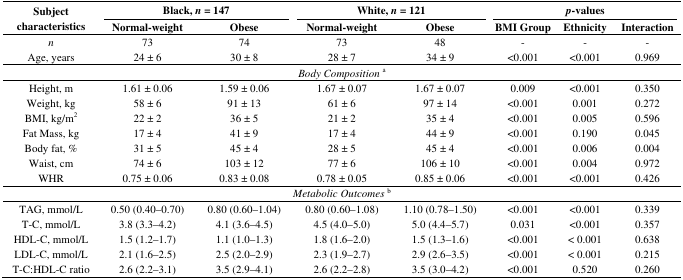
<table><thead><tr><td rowspan="2"><b>Subject characteristics</b></td><td colspan="2"><b>Black,<i>n</i> = 147</b></td><td colspan="2"><b>White,<i>n</i> = 121</b></td><td colspan="3"><b><i>p</i>-values</b></td></tr><tr><td><b>Normal-weight</b></td><td><b>Obese</b></td><td><b>Normal-weight</b></td><td><b>Obese</b></td><td><b>BMI Group</b></td><td><b>Ethnicity</b></td><td><b>Interaction</b></td></tr></thead><tbody><tr><td>n</td><td>73</td><td>74</td><td>73</td><td>48</td><td>-</td><td>-</td><td>-</td></tr><tr><td>Age, years</td><td>24 ± 6</td><td>30 ± 8</td><td>28 ± 7</td><td>34 ± 9</td><td>&lt;0.001</td><td>&lt;0.001</td><td>0.969</td></tr><tr><td colspan="8"><i>Body Composition</i><sup>a</sup></td></tr><tr><td>Height, m</td><td>1.61 ± 0.06</td><td>1.59 ± 0.06</td><td>1.67 ± 0.07</td><td>1.67 ± 0.07</td><td>0.009</td><td>&lt;0.001</td><td>0.350</td></tr><tr><td>Weight, kg</td><td>58 ± 6</td><td>91 ± 13</td><td>61 ± 6</td><td>97 ± 14</td><td>&lt;0.001</td><td>0.001</td><td>0.272</td></tr><tr><td>BMI, kg/m<sup>2</sup></td><td>22 ± 2</td><td>36 ± 5</td><td>21 ± 2</td><td>35 ± 4</td><td>&lt;0.001</td><td>0.005</td><td>0.596</td></tr><tr><td>Fat Mass, kg</td><td>17 ± 4</td><td>41 ± 9</td><td>17 ± 4</td><td>44 ± 9</td><td>&lt;0.001</td><td>0.190</td><td>0.045</td></tr><tr><td>Body fat, %</td><td>31 ± 5</td><td>45 ± 4</td><td>28 ± 5</td><td>45 ± 4</td><td>&lt;0.001</td><td>0.006</td><td>0.004</td></tr><tr><td>Waist, cm</td><td>74 ± 6</td><td>103 ± 12</td><td>77 ± 6</td><td>106 ± 10</td><td>&lt;0.001</td><td>0.004</td><td>0.972</td></tr><tr><td>WHR</td><td>0.75 ± 0.06</td><td>0.83 ± 0.08</td><td>0.78 ± 0.05</td><td>0.85 ± 0.06</td><td>&lt;0.001</td><td>&lt;0.001</td><td>0.426</td></tr><tr><td colspan="8"><i>Metabolic Outcomes</i><sup>b</sup></td></tr><tr><td>TAG, mmol/L</td><td>0.50 (0.40–0.70)</td><td>0.80 (0.60–1.04)</td><td>0.80 (0.60–1.08)</td><td>1.10 (0.78–1.50)</td><td>&lt;0.001</td><td>&lt;0.001</td><td>0.339</td></tr><tr><td>T-C, mmol/L</td><td>3.8 (3.3–4.2)</td><td>4.1 (3.6–4.5)</td><td>4.5 (4.0–5.0)</td><td>5.0 (4.4–5.7)</td><td>0.031</td><td>&lt;0.001</td><td>0.357</td></tr><tr><td>HDL-C, mmol/L</td><td>1.5 (1.2–1.7)</td><td>1.1 (1.0–1.3)</td><td>1.8 (1.6–2.0)</td><td>1.5 (1.3–1.6)</td><td>&lt;0.001</td><td>&lt; 0.001</td><td>0.638</td></tr><tr><td>LDL-C, mmol/L</td><td>2.1 (1.6–2.5)</td><td>2.5 (2.0–2.9)</td><td>2.3 (1.9–2.7)</td><td>2.9 (2.6–3.5)</td><td>&lt;0.001</td><td>&lt; 0.001</td><td>0.215</td></tr><tr><td>T-C:HDL–C ratio</td><td>2.6 (2.2–3.1)</td><td>3.5 (2.9–4.1)</td><td>2.6 (2.2–2.8)</td><td>3.5 (3.0–4.2)</td><td>&lt;0.001</td><td>0.520</td><td>0.260</td></tr></tbody></table>